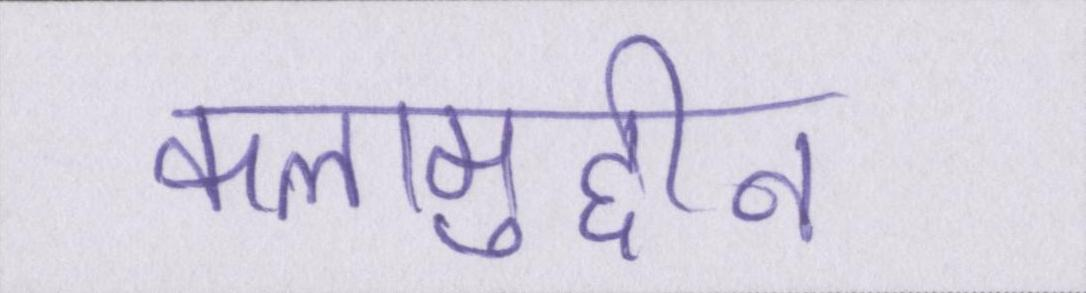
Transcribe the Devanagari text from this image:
कलामुद्दीन